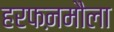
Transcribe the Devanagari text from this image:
हरफऩमौला